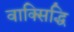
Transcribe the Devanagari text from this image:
वाक्सिद्धि